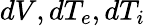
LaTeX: dV,dT_{e},dT_{i}